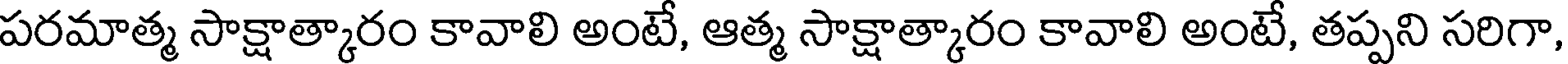
పరమాత్మ సాక్షాత్కారం కావాలి అంటే, ఆత్మ సాక్షాత్కారం కావాలి అంటే, తప్పని సరిగా